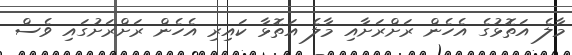
މާލެ އަތޮޅުގެ އެހެން ރަށްރަށާއި މާލެ އަތޮޅާ ކައިރި އެހެން ރަށްރަށުގައި ވެސް